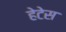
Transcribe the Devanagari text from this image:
हेटेस